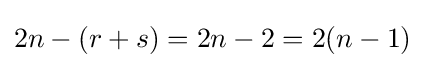
2n-(r+s)=2n-2=2(n-1)